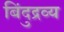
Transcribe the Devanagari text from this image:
बिंदुद्रव्य